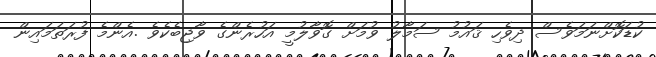
ކުޑަކޮށްނަމަވެސް ދިވެހި ޤައުމު ސަމާލު ވުމަށް ގޮވާލުމީ އަހުރެންގެ ވާޖިބެކެވެ .އެންމެ ފުރަތަމައިން